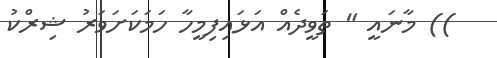
)) މާނައީ " ތަވީދެއް އަޅައިފިމީހާ ހަމަކަށަވަރު ޝިރްކު